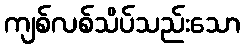
ကျစ်လစ်သိပ်သည်းသော